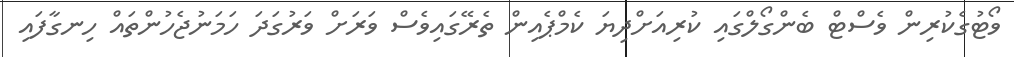
ވޯޓުގެކުރިން ވެސްޓް ބެންގޯލްގައި ކުރިއަށްދިޔަ ކެމްޕެއިން ތެރޭގައިވެސް ވަރަށް ވަރުގަދަ ހަމަނުޖެހުންތައް ހިނގާފައި